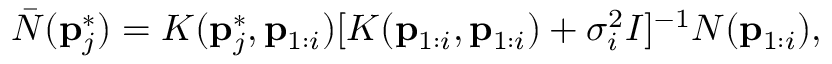
\bar { N } ( \mathbf { p } _ { j } ^ { * } ) = K ( \mathbf { p } _ { j } ^ { * } , \mathbf { p } _ { 1 : i } ) [ K ( \mathbf { p } _ { 1 : i } , \mathbf { p } _ { 1 : i } ) + \sigma _ { i } ^ { 2 } I ] ^ { - 1 } N ( \mathbf { p } _ { 1 : i } ) ,